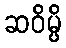
ဆဝိမ္ပိ